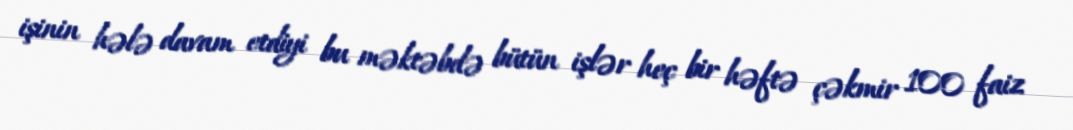
işinin hələ davam etdiyi bu məktəbdə bütün işlər heç bir həftə çəkmir 100 faiz